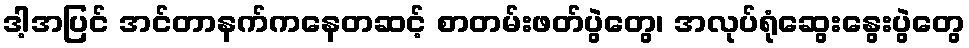
ဒါ့အပြင် အင်တာနက်ကနေတဆင့် စာတမ်းဖတ်ပွဲတွေ၊ အလုပ်ရုံဆွေးနွေးပွဲတွေ